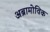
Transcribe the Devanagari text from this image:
अब्रामोविक